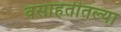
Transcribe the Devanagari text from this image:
वसाहतीतल्या